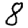
Digit: 8